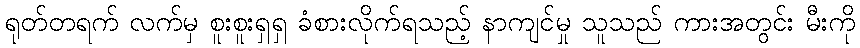
ရုတ်တရက် လက်မှ စူးစူးရှရှ ခံစားလိုက်ရသည့် နာကျင်မှု သူသည် ကားအတွင်း မီးကို